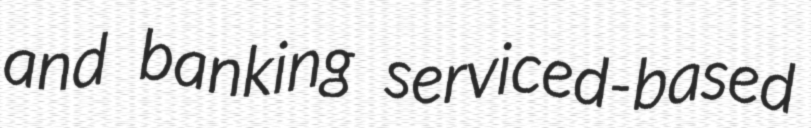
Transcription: and banking serviced-based